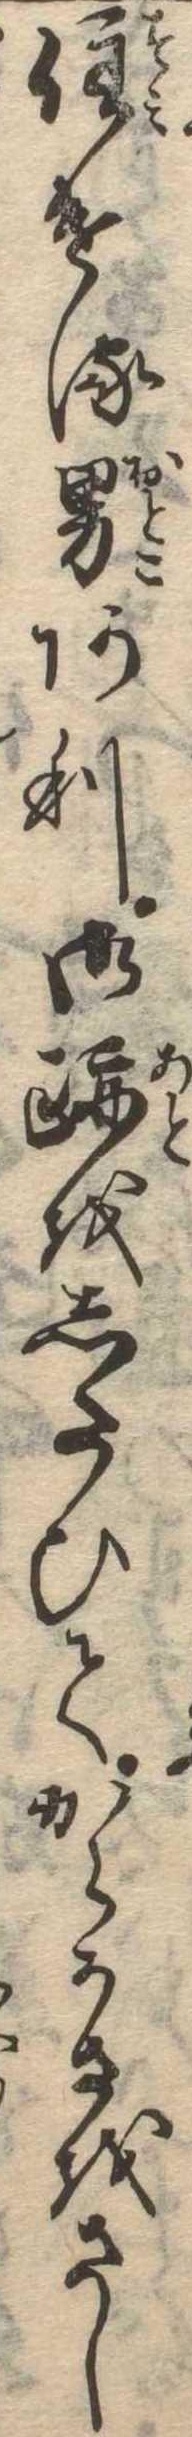
住ける男あり御跡をしたひてからかさをさし